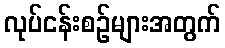
လုပ်ငန်းစဉ်များအတွက်